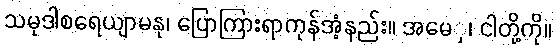
သမုဒါစရေယျာမနု၊ ပြောကြားရာကုန်အံ့နည်း။ အမေှ၊ ငါတို့ကို။